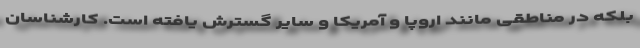
بلکه در مناطقی مانند اروپا و آمریکا و سایر گسترش یافته است. کارشناسان